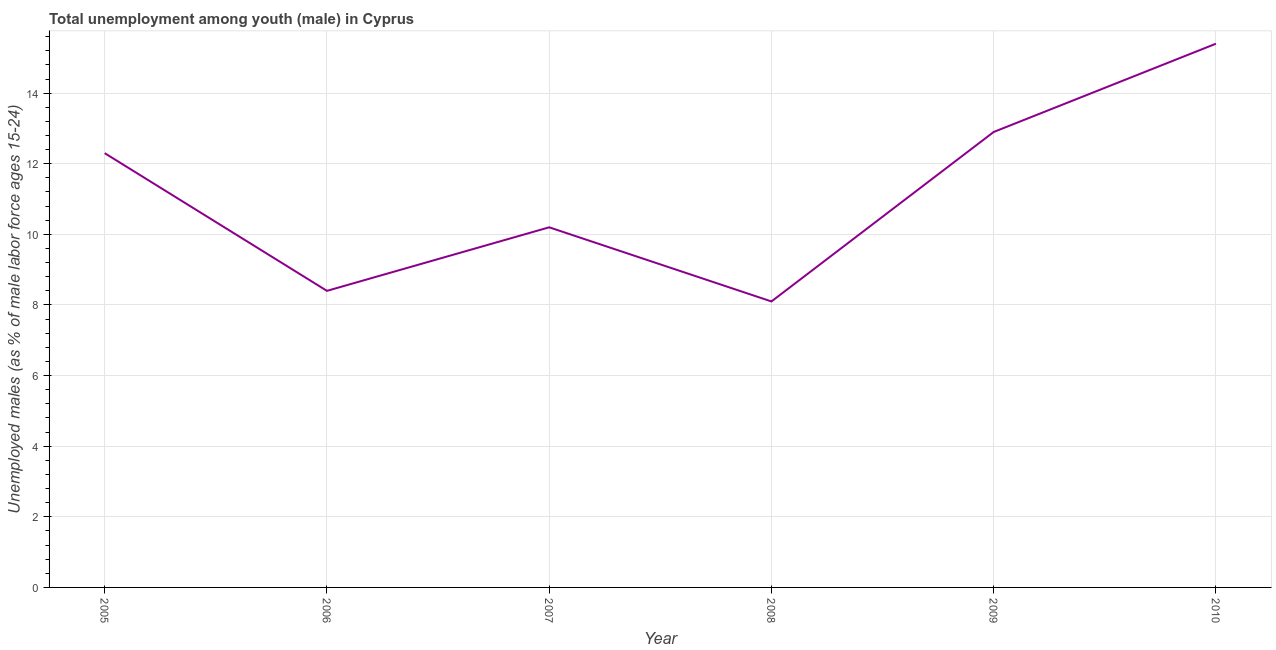
| Year | Unemployment |
 | --- | --- |
 | 2005 | 12.3 |
 | 2006 | 8.4 |
 | 2007 | 10.2 |
 | 2008 | 8.1 |
 | 2009 | 12.9 |
 | 2010 | 15.4 |